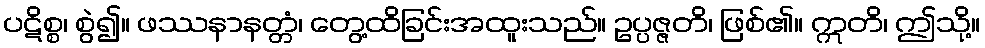
ပဋိစ္စ၊ စွဲ၍။ ဖဿနာနတ္တံ၊ တွေ့ထိခြင်းအထူးသည်။ ဥပ္ပဇ္ဇတိ၊ ဖြစ်၏။ ဣတိ၊ ဤသို့။